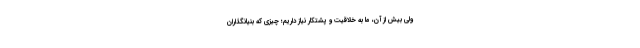
ولی بیش از آن، ما به خلاقیت و پشتکار نیاز داریم؛ چیزی که بنیانگذاران